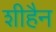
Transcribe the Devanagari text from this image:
शीहैन